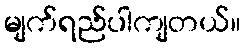
မျက်ရည်ပါကျတယ်။